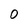
Character: 0